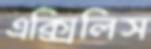
এক্সিলিস